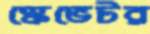
স্কেভেটর